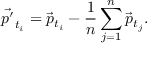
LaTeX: \vec { p ^ { \prime } } _ { t _ { i } } = \vec { p } _ { t _ { i } } - { \frac { 1 } { n } } \sum _ { j = 1 } ^ { n } \vec { p } _ { t _ { j } } .